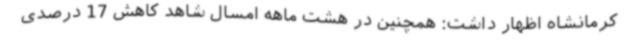
کرمانشاه اظهار داشت: همچنین در هشت ماهه امسال شاهد کاهش 17 درصدی